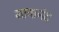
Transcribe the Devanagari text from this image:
मायानंद